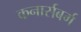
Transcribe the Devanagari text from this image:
कनार्सबर्ग